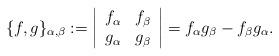
LaTeX: \begin{align*}\{f,g\}_{\alpha,\beta} := \left|\begin{array}{cc} f_\alpha & f_\beta \\ g_\alpha & g_\beta\end{array}\right| = f_\alpha g_\beta - f_\beta g_\alpha.\end{align*}